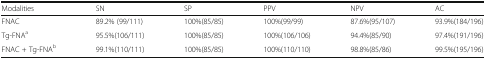
<table><thead><tr><td><b>Modalities</b></td><td><b>SN</b></td><td><b>SP</b></td><td><b>PPV</b></td><td><b>NPV</b></td><td><b>AC</b></td></tr></thead><tbody><tr><td>FNAC</td><td>89.2% (99/111)</td><td>100%(85/85)</td><td>100%(99/99)</td><td>87.6%(95/107)</td><td>93.9%(184/196)</td></tr><tr><td>Tg-FNA<sup>a</sup></td><td>95.5%(106/111)</td><td>100%(85/85)</td><td>100%(106/106)</td><td>94.4%(85/90)</td><td>97.4%(191/196)</td></tr><tr><td>FNAC + Tg-FNA<sup>b</sup></td><td>99.1%(110/111)</td><td>100%(85/85)</td><td>100%(110/110)</td><td>98.8%(85/86)</td><td>99.5%(195/196)</td></tr></tbody></table>